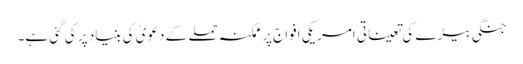
جنگی بیڑے کی تعیناتی امریکی افواج پر ممکنہ حملے کے دعویٰ کی بنیاد پر کی گئی ہے۔